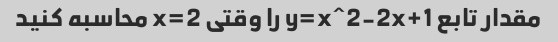
مقدار تابع y=x^2-2x+1 را وقتی x=2 محاسبه کنید